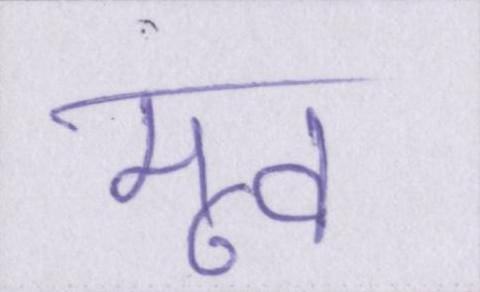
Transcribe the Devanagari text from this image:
मूव